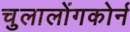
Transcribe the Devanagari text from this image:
चुलालोंगकोर्न